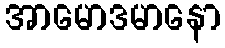
အာမောဒမာနော